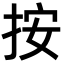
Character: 按